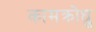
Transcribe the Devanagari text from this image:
कामक्रोधु